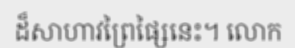
ដ៏សាហាវព្រៃផ្សៃនេះ។ លោក